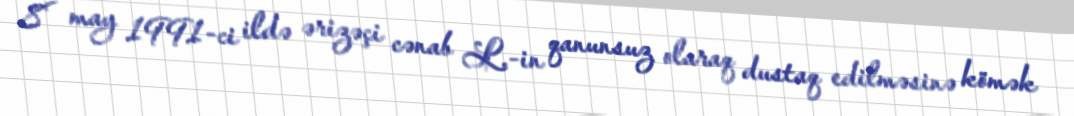
8 may 1991-ci ildə ərizəçi cənab L.-in qanunsuz olaraq dustaq edilməsinə kömək